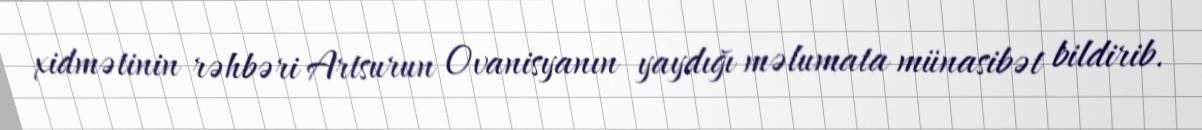
xidmətinin rəhbəri Artsurun Ovanisyanın yaydığı məlumata münasibət bildirib.